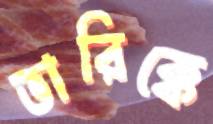
ভারিক্কে